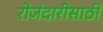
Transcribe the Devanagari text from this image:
रोजंदारीसाठी